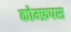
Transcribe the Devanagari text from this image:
कोम्‍फ्रपस